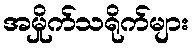
အမှိုက်သရိုက်များ